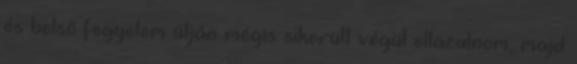
és belsõ fegyelem útján mégis sikerült végül ellazulnom, majd